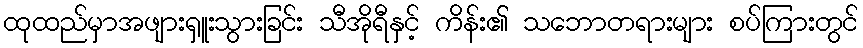
ထုထည်မှာအဖျားရှူးသွားခြင်း သီအိုရီနှင့် ကိန်း၏ သဘောတရားများ စပ်ကြားတွင်